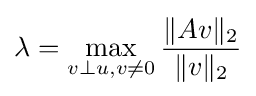
\lambda =\max _{v\perp u,v\neq 0}{\frac {\|Av\|_{2}}{\|v\|_{2}}}